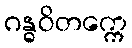
ဂန္ဓဝိတက္ကေ